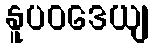
နူပဝဒေယျ